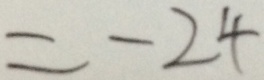
= - 2 4